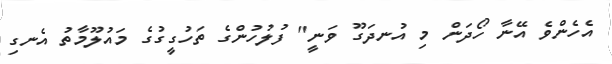
އެހެންވެ އޭނާ ހޯދަން މި އުނދަގޫ ވަނީ" ފުލުހުންގެ ތަހުގީގުގެ މައުލޫމާތު އެނގި